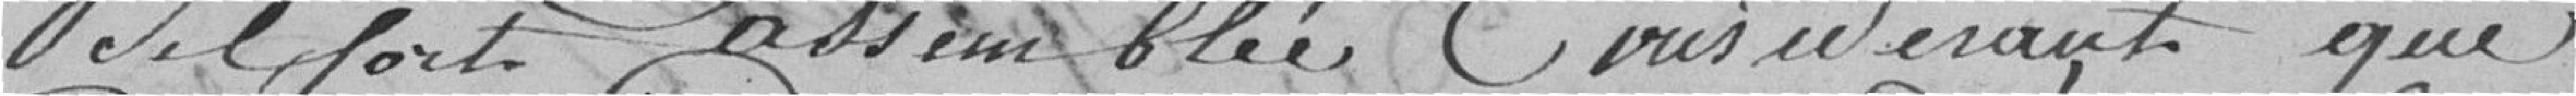
Belfort assemblée considérant que